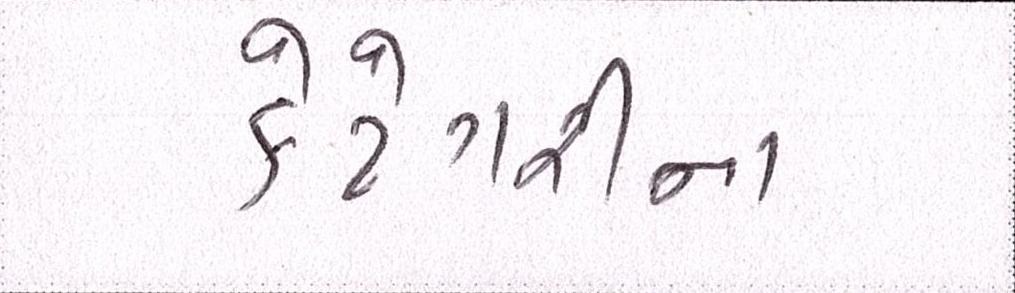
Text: કેટેગરીના